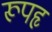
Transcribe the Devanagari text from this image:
रूपहृ